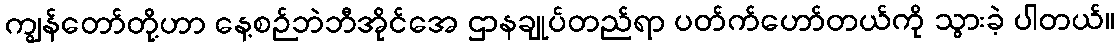
ကျွန်တော်တို့ဟာ နေ့စဉ်ဘဲဘီအိုင်အေ ဌာနချုပ်တည်ရာ ပတ်က်ဟော်တယ်ကို သွားခဲ့ ပါတယ်။